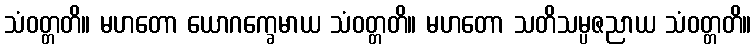
သံဝတ္တတိ။ မဟတော ယောဂက္ခေမာယ သံဝတ္တတိ။ မဟတော သတိသမ္ပဇညာယ သံဝတ္တတိ။